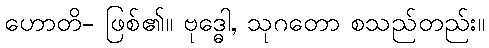
ဟောတိ- ဖြစ်၏။ ဗုဒ္ဓေါ, သုဂတော စသည်တည်း။